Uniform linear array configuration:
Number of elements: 12
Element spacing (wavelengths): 0.5
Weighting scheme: binomial
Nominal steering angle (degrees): -60
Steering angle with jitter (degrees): -61.893
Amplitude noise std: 0.05
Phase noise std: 0.05

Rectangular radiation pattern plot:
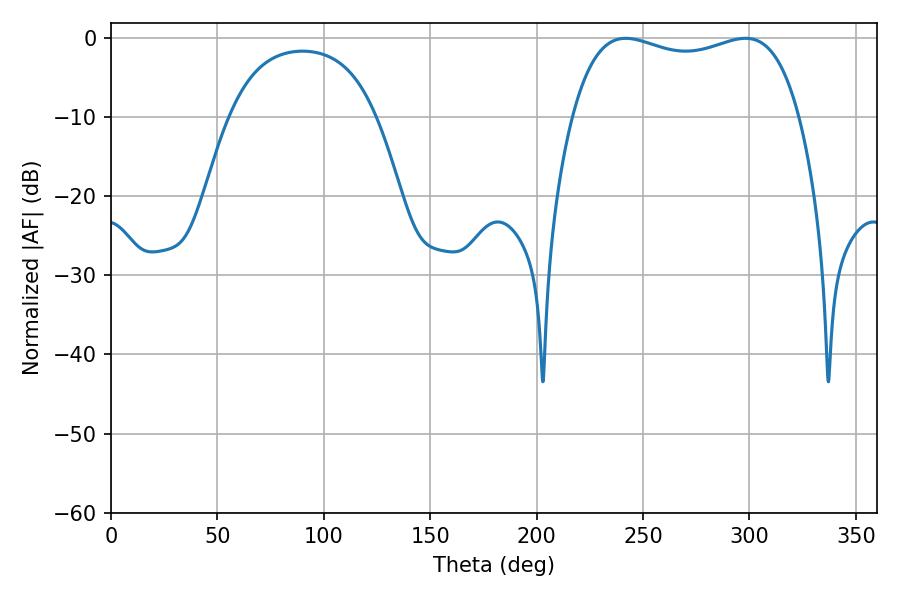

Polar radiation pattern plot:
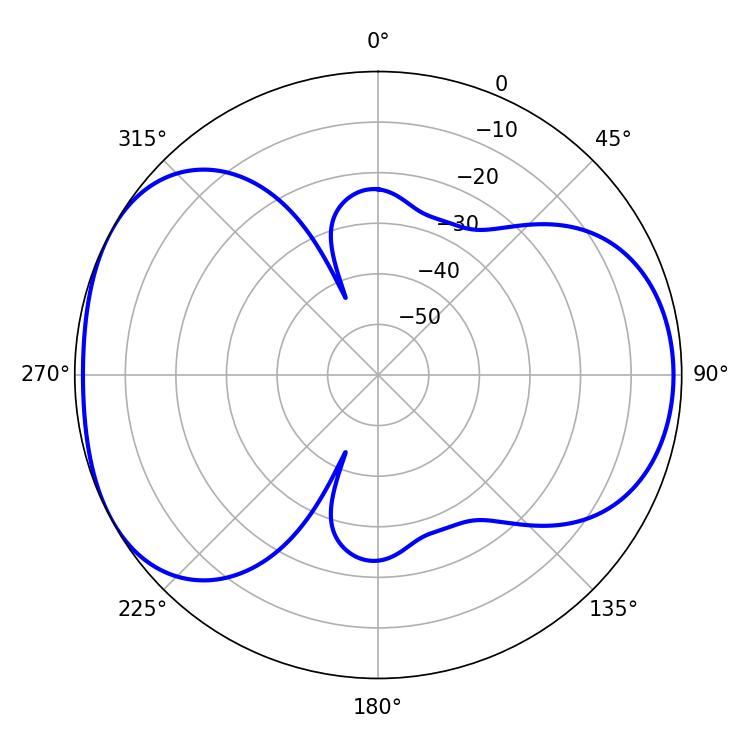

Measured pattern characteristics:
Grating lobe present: FALSE
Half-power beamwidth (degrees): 87.12
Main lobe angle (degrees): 241.92